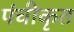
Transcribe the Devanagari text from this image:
पंचीकृत